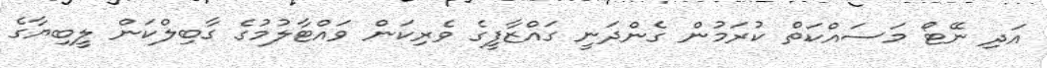
އަދި ނޭޓޯ މަސައްކަތް ކުރަމުން ގެންދަނީ ގައްޒާފީގެ ވެރިކަން ވައްޓާލުމުގެ ގާބިލްކަން ލީބިޔާގެ